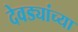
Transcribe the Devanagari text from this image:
देवड्यांच्या